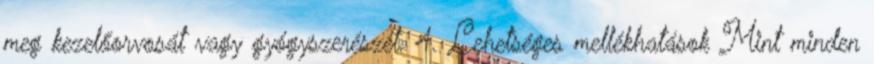
meg kezelőorvosát vagy gyógyszerészét. 4. Lehetséges mellékhatások Mint minden